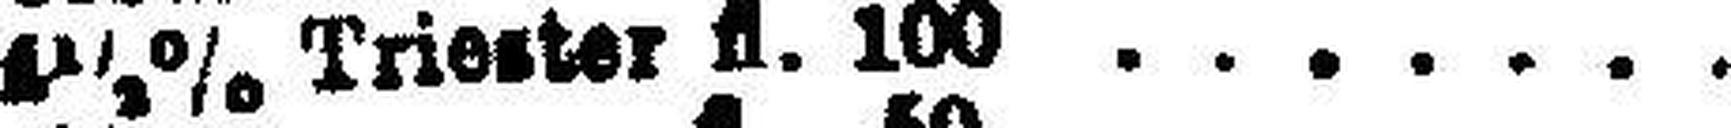
1½% Triester fl. 100